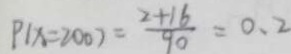
P _ { ( x = 2 0 0 ) } = \frac { 2 + 1 6 } { 9 0 } = 0 . 2